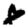
Digit: 8